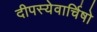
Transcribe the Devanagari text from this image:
दीपस्येवार्चिषो